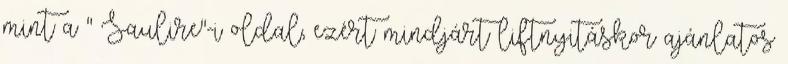
mint a " Saulire"-i oldal, ezért mindjárt liftnyitáskor ajánlatos